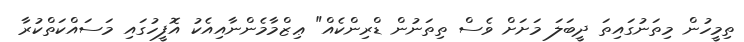
ތިމީހުން މިތަނުގައިތަ ދީބަލަ މަށަށް ވެސް ތިތަނުން ޑްރިންކެއް" ޢިޒްމާމެންނާއިއެކު އޮފީހުގައި މަސައްކަތްކުރާ